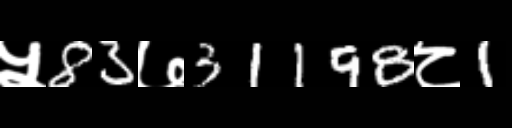
Text: ५83७31198८1